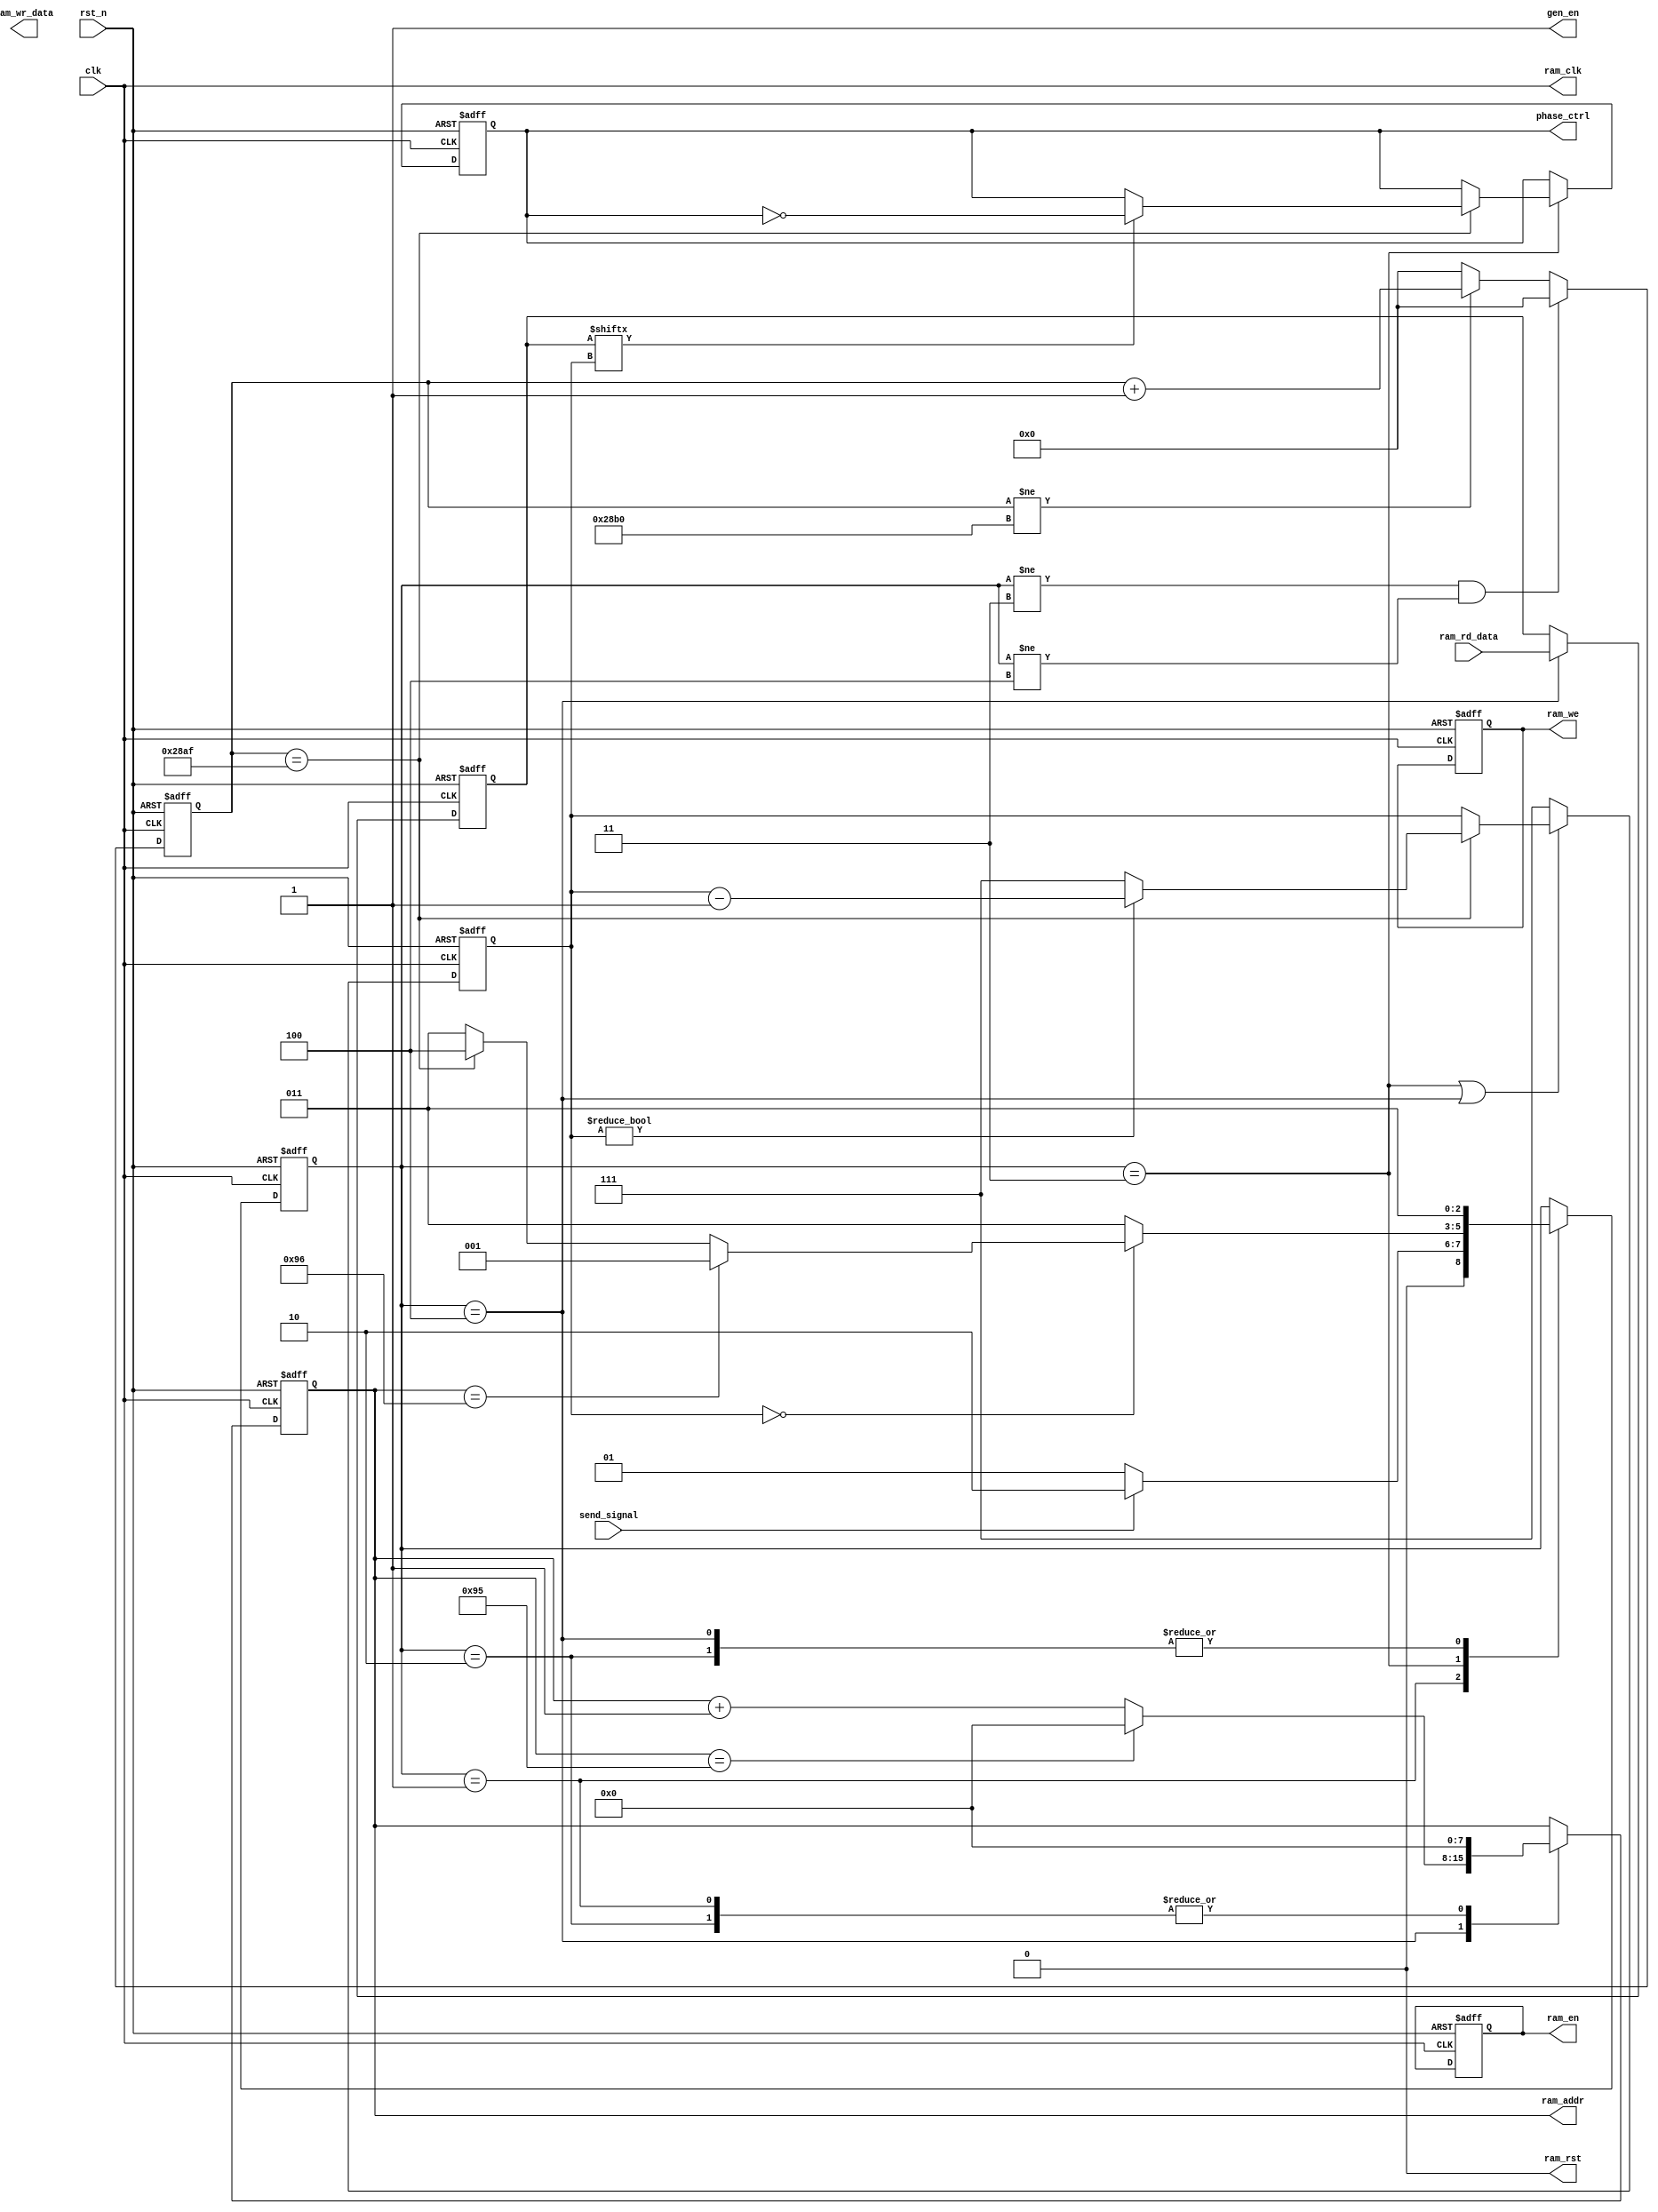

module Phase_Ctrl #(
           parameter integer data_width = 8,
           parameter integer frame_length = 150,
           parameter integer addr_width = 8,
           parameter integer ref_clk_freq = 100000000,
           parameter integer baudrate = 9600
       )(
           input                            clk        , //
           input                            rst_n      , //
           // send 
           input                            send_signal,
           // phase ctrl
           output                           gen_en     ,
           output reg                       phase_ctrl ,
           // RAM
           output                           ram_clk    , //RAM
           input        [data_width-1 : 0]  ram_rd_data, //RAM
           output  reg                      ram_en     , //RAM
           output  reg  [addr_width-1 : 0]  ram_addr   , //RAM
           output  reg  [0:0]               ram_we     , //RAM 1 0
           output  reg  [data_width-1 : 0]  ram_wr_data, //RAM
           output                           ram_rst      //RAM,
       );

//calculates the clock cycle for baud rate
localparam                       CYCLE = ref_clk_freq / baudrate;

//state machine code
localparam                       S_IDLE       = 1;
localparam                       S_FIRST_READ = 2; //start bit
localparam                       S_SEND_BYTE  = 3; //data bits
localparam                       S_SEND_READ  = 4; //stop bit

// state machine reg
reg[2:0]                         state;
reg[2:0]                         bit_cnt;//bit counter
reg[15:0]                        cycle_cnt; //baud counter
// 
reg          start_rd_d0;
reg          start_rd_d1;
wire         pos_start_rd;
assign pos_start_rd = ~start_rd_d1 & start_rd_d0;

//start_rd
always @(posedge clk or negedge rst_n) begin
    if(!rst_n) begin
        start_rd_d0 <= 1'b0;
        start_rd_d1 <= 1'b0;
    end
    else begin
        start_rd_d0 <= send_signal;
        start_rd_d1 <= start_rd_d0;
    end
end
// ----------------------------------------------------------
always @(posedge clk or negedge rst_n)begin
    if (!rst_n) begin
        state <= S_IDLE;
    end else begin
        case (state)
            S_IDLE:
                if (send_signal) begin
                    state <= S_FIRST_READ;
                end else begin
                    state <= S_IDLE;
                end
            S_FIRST_READ:
                state <= S_SEND_BYTE;
            S_SEND_BYTE:
                if (bit_cnt == 7'd0)
                    if(ram_addr == frame_length)
                        state <= S_IDLE;
                    else
                        if (cycle_cnt == CYCLE - 1)
                            state <= S_SEND_READ;
                        else
                            state <= S_SEND_BYTE;
                else 
                    state <= S_SEND_BYTE;
                
            S_SEND_READ:
                state <= S_SEND_BYTE;
        endcase
    end
end
// --------------------------BRAM------------------------------
reg [data_width-1 : 0]  data;  // 
assign  ram_rst = 1'b0;
assign  ram_clk= clk;
always @(posedge clk or negedge rst_n)begin
    if (!rst_n) begin
        data <= 8'hAA;
        ram_en <= 1'b0;
        ram_addr <= 8'd0;
        ram_we <= 4'd0;
        ram_en <= 1'b1;
    end else begin
        case (state)
            S_FIRST_READ: begin
//                data <= ram_rd_data;
                ram_addr <=  8'd0 ;
            end
            S_SEND_READ: begin
                data <= ram_rd_data;
                if (ram_addr == frame_length-1)
                    ram_addr <= 8'd0 ;
                else
                    ram_addr <= ram_addr + 8'd1 ;
            end
            S_IDLE:
                ram_addr <= 8'd0;
            default: begin
                data <= data;
                ram_addr <= ram_addr;
            end
        endcase
    end
end
// --------------------------------------------------
// 
wire baud;
assign baud=cycle_cnt == CYCLE;
always@(posedge clk or negedge rst_n) begin
    if(rst_n == 1'b0)
        cycle_cnt <= 16'd0;
    else if(state != S_SEND_BYTE && state != S_SEND_READ)
        cycle_cnt <= 16'd0;
    else if(cycle_cnt != CYCLE)
        cycle_cnt <= cycle_cnt + 16'd1;
    else
        cycle_cnt <= 16'd0;
end
// 

always@(posedge clk or negedge rst_n) begin
    if(rst_n == 1'b0)
    begin
        bit_cnt <= 3'd7;
    end
    else if(state == S_SEND_BYTE || state == S_SEND_READ)
        if(cycle_cnt == CYCLE - 1)
            if (bit_cnt != 3'd0)
                bit_cnt <= bit_cnt - 3'd1;
            else
                bit_cnt <= 3'd7;
        else
            bit_cnt <= bit_cnt;
    else
        bit_cnt <= 3'd7;
end
// 
always@(posedge clk or negedge rst_n)
begin
    if(rst_n == 1'b0)
        phase_ctrl <= 1'b1;
    else
        if(state == S_SEND_BYTE)
            if (cycle_cnt == CYCLE - 1)
                if (data[bit_cnt])
                    phase_ctrl <= ~phase_ctrl;
                else
                    phase_ctrl <= phase_ctrl;
            else
                phase_ctrl <= phase_ctrl;
        else
            phase_ctrl <= phase_ctrl;
end
// 
assign gen_en = 1; // (state == S_SEND_BYTE || state == S_SEND_READ);
endmodule